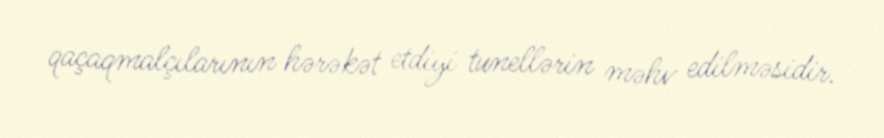
qaçaqmalçılarının hərəkət etdiyi tunellərin məhv edilməsidir.